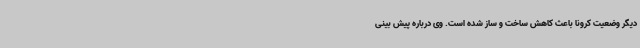
دیگر وضعیت کرونا باعث کاهش ساخت و ساز شده است. وی درباره پیش بینی